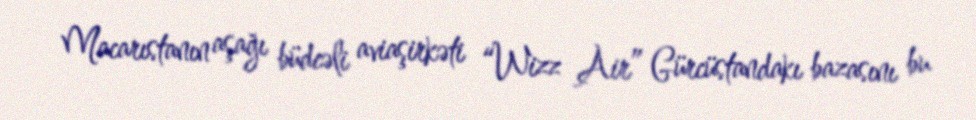
Macarıstanın aşağı büdcəli aviaşirkəti “Wizz Air” Gürcüstandakı bazasını bu